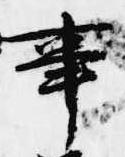
事